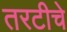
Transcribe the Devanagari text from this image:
तरटीचे